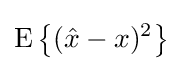
\operatorname {E} \left\{({\hat {x}}-x)^{2}\right\}